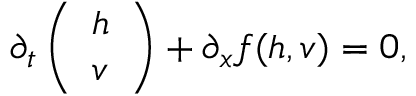
\partial _ { t } \left( \begin{array} { l } { h } \\ { v } \end{array} \right) + \partial _ { x } f ( h , v ) = 0 ,